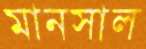
মানসাল